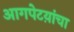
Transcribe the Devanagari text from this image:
आगपेटय़ांचा